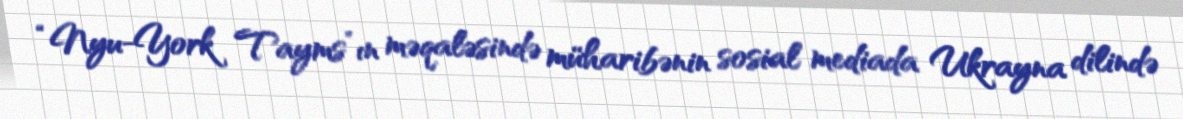
“Nyu-York Tayms”ın məqaləsində müharibənin sosial mediada Ukrayna dilində